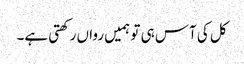
کل کی آس ہی تو ہمیں رواں رکھتی ہے۔